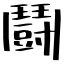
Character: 鬪